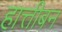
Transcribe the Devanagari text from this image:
हात्तीबन